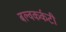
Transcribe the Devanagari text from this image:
बल्वकर्कटी